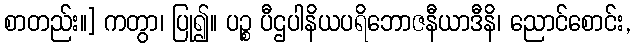
စာတည်း။] ကတွာ၊ ပြု၍။ ပဉ္စ ပီဌပါနိယပရိဘောဇနီယာဒီနိ၊ ညောင်စောင်း,